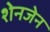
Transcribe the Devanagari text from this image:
शेनजेन